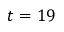
t = 1 9